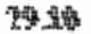
29.10